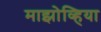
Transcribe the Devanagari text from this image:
माझोव्हिया